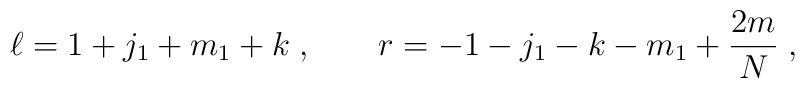
\ell = 1+j_1+m_1+k\;, \qquad r=-1-j_1-k - m_1 + {2m\over N}\;,